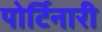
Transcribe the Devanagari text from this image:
पोर्टिनारी